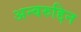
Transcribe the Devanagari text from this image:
अन्वरुद्दिन